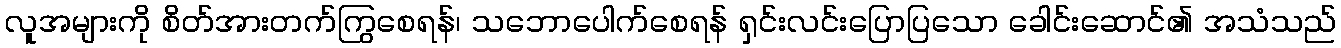
လူအများကို စိတ်အားတက်ကြွစေရန်၊ သဘောပေါက်စေရန် ရှင်းလင်းပြောပြသော ခေါင်းဆောင်၏ အသံသည်